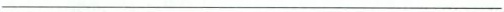
___